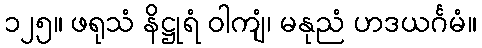
၁၂၅။ ဖရုသံ နိဋ္ဌုရံ ဝါကျံ၊ မနုညံ ဟဒယင်္ဂမံ။